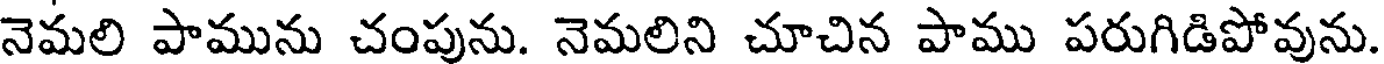
నెమలి పామును చంపును. నెమలిని చూచిన పాము పరుగిడిపోవును